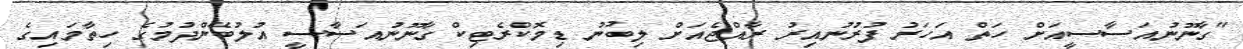
"ގާނޫނުއަސާސީއަށް ހަތް އަހަރު ފުރުނުއިރު ރާއްޖެއަށް ލިބުނު ޑިމޮކްރެޓިކް ގާނޫނުއަސާސީ އުލުބޭންދުމުގެ ހިތާމައިގެ